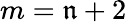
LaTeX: m=\mathfrak{n}+2